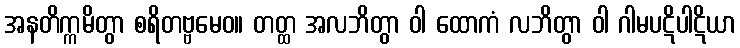
အနတိက္ကမိတွာ စရိတဗ္ဗမေဝ။ တတ္ထ အလဘိတွာ ဝါ ထောကံ လဘိတွာ ဝါ ဂါမပဋိပါဋိယာ